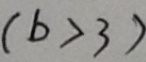
( b > 3 )